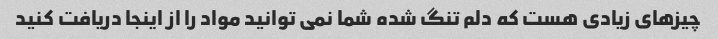
چیزهای زیادی هست که دلم تنگ شده شما نمی توانید مواد را از اینجا دریافت کنید